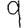
Digit: 9